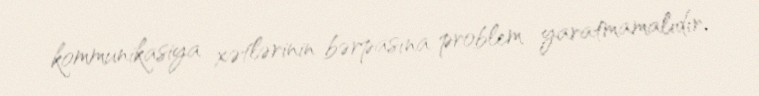
kommunikasiya xətlərinin bərpasına problem yaratmamalıdır.